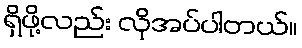
ရှိဖို့လည်း လိုအပ်ပါတယ်။